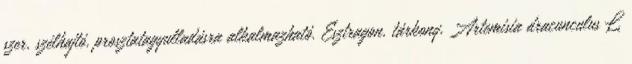
szer, szélhajtó, prosztatagyulladásra alkalmazható. Esztragon, tárkony, Artemisia dracunculus L.